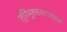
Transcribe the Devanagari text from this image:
त्रिभुवननगरदाङमे